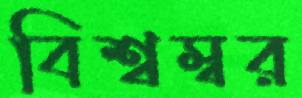
বিশ্বম্বর